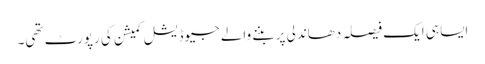
ایسا ہی ایک فیصلہ دھاندلی پر بننے والے جیوڈیشل کمیشن کی رپورٹ تھی۔